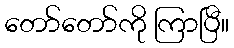
တော်တော်ကို ကြာပြီ။